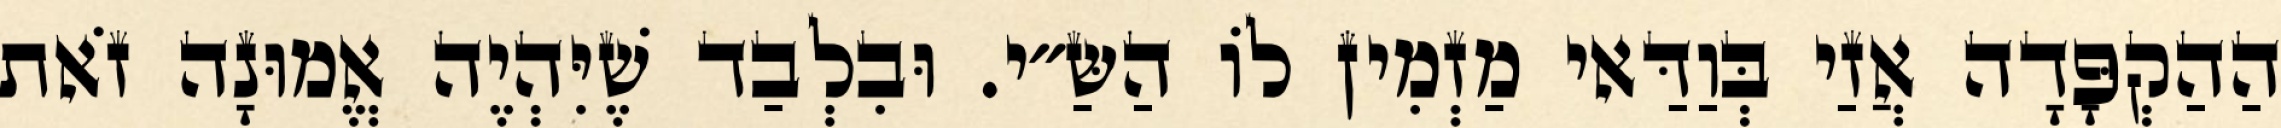
הַהַקְפָּדָה אֲזַי בְּוַדַּאי מַזְמִין לוֹ הַשַּ״י. וּבִלְבַד שֶׁיִּהְיֶה אֱמוּנָה זֹאת